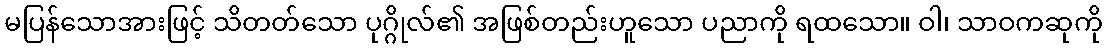
မပြန်သောအားဖြင့် သိတတ်သော ပုဂ္ဂိုလ်၏ အဖြစ်တည်းဟူသော ပညာကို ရထသော။ ဝါ၊ သာဝကဆုကို